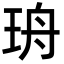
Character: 珘